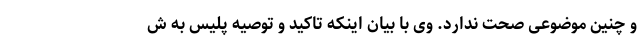
و چنین موضوعی صحت ندارد. وی با بیان اینکه تاکید و توصیه پلیس به ش